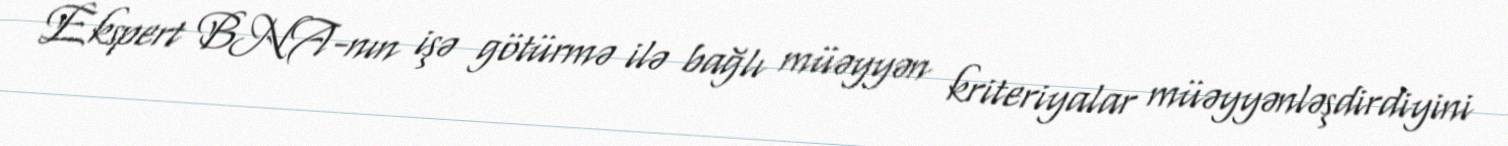
Ekspert BNA-nın işə götürmə ilə bağlı müəyyən kriteriyalar müəyyənləşdirdiyini